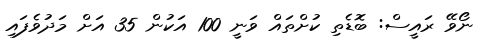
ނޯވޭ ރައީސް: ބޮޑެތި ކުށްތައް ވަނީ 100 އަކުން 35 އަށް މަދުވެފައި